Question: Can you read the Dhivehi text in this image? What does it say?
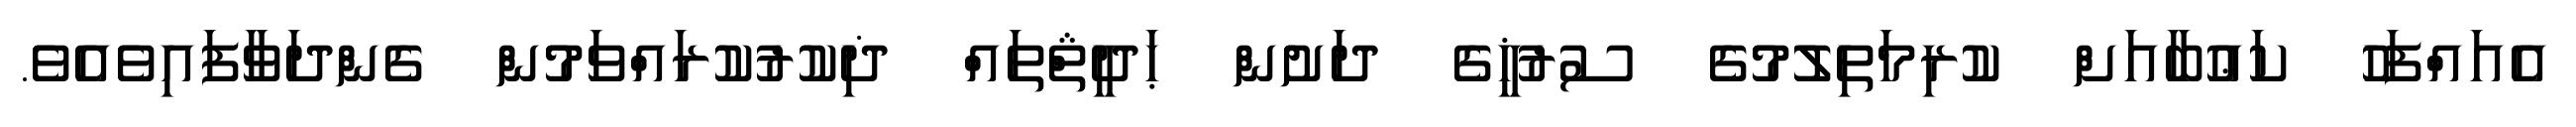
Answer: އެއައްފަހު ކަޢުބާއަށް ކުރިމަތިލުމުގެ ސުރުޚީގެ ދަށުން ޙަދީޘްތައް ޛިކުރުކުރައްވަމުން ގެންދަވާފައިވެއެވެ.